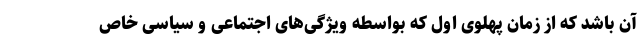
آن باشد که از زمان پهلوی اول که بواسطه ویژگی‌های اجتماعی و سیاسی خاص